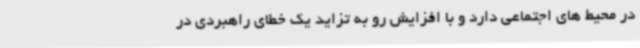
در محیط های اجتماعی دارد و با افزایش رو به تزاید یک خطای راهبردی در